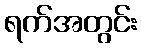
ရက်အတွင်း